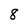
Character: 8